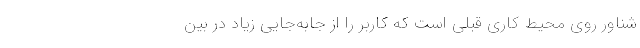
شناور روی محیط کاری قبلی است که کاربر را از جابه‌جایی زیاد در بین